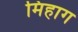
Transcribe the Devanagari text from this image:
मिहाग